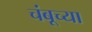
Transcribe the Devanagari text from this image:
चंबूच्या